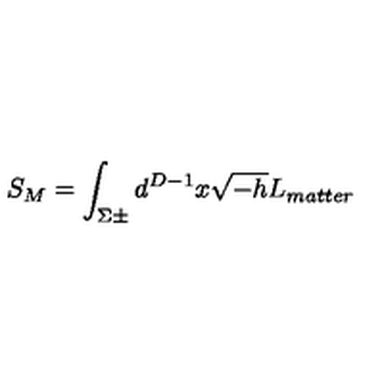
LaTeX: S _ { M } = \int _ { \Sigma \pm } d ^ { D - 1 } x \sqrt { - h } L _ { m a t t e r }